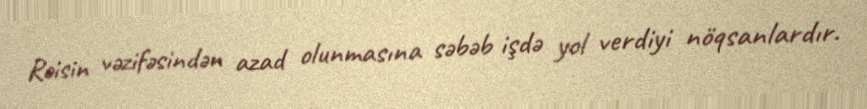
Rəisin vəzifəsindən azad olunmasına səbəb işdə yol verdiyi nöqsanlardır.